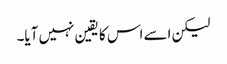
لیکن اسے اس کا یقین نہیں آیا۔